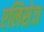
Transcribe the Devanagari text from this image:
एलिसेज